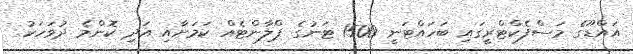
އައްޑޫގެ މަސްފެކްޓްރީގައި ބަހައްޓަނީ 1500 ޓަނުގެ ޕްލާންޓެއް ކަަމަށާއި އަދި ކޮންމެ ދުވަހަކު